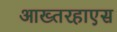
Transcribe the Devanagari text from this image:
आख्तरहाएस